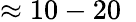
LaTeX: \approx 10-20~\